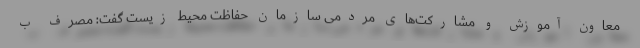
معاون آموزش و مشارکت‌های مردمی سازمان حفاظت محیط زیست گفت: مصرف ب